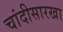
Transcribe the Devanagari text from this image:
चांदीसारखा